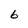
Character: 6